system: You are a helpful assistant.
user:
Analyze the provided spectrum to determine if it is a **Carbon Star (C-type)**.

- **Key Visual Indicators of Carbon Star:**
    - **(Primary):** Strong molecular absorption from **C₂ (diatomic carbon) "Swan Bands."** This is the **defining feature** of a carbon star.
        - **(Key Bandheads):** Sharp absorption edges are visible at approximately $5635$ Å, $5165$ Å (the strongest band), and $4737$ Å.
        - **(Line Profile):** Creates a distinct **"saw-tooth"** pattern. The key morphology is a sharp, steep bandhead on the **red (long-wavelength) side**, which then gradually tapers off (i.e., flux recovers) towards the **blue (short-wavelength) side**. *(This is the direct opposite of the TiO bands seen in M-type stars)*.

    - **(Secondary):** Intense **CN (cyanogen)** molecular absorption bands.
        - **(Key Bandheads):** Located in the blue and violet regions of the spectrum (e.g., near $4215$ Å and $3883$ Å).
        - **(Morphology):** These bands are extremely broad and act as a "blanket," absorbing the vast majority of blue and violet light. This creates a characteristic **"cliff"** or **"steep drop-off"** in the spectrum's flux at short wavelengths.

    - **(Key Confirmation):** Strong **CH absorption band (G-band)**.
        - **(Key Bandhead):** Located around $4300$ Å. The contribution from CH molecules to this band is exceptionally strong.

    - **(Overall Spectrum):**
        - The continuum is severely "chopped up" by these deep molecular bands, especially C₂, rather than appearing as a smooth curve.
        - Due to the heavy CN and C₂ absorption in the blue-green, the vast majority of the star's flux is concentrated in the red part of the spectrum, giving the star its characteristic deep red color.

Think first, call **spectral_visualization_tool** if needed to examine features in detail, then provide your final answer. Your response must adhere to the following strict rules:
1.  **Overall Structure:** Your response must follow the format `<think>...</think> <tool_call>...</tool_call> (if a tool is used) <answer>...</answer>`.
2.  **Tool Usage Constraint:** You may only make **one** tool call per turn.
3.  **Final Answer Format:** In the `<answer>` tag, your conclusion must be inside a `\boxed{}` command (e.g., `\boxed{YES}`), followed by your justification.

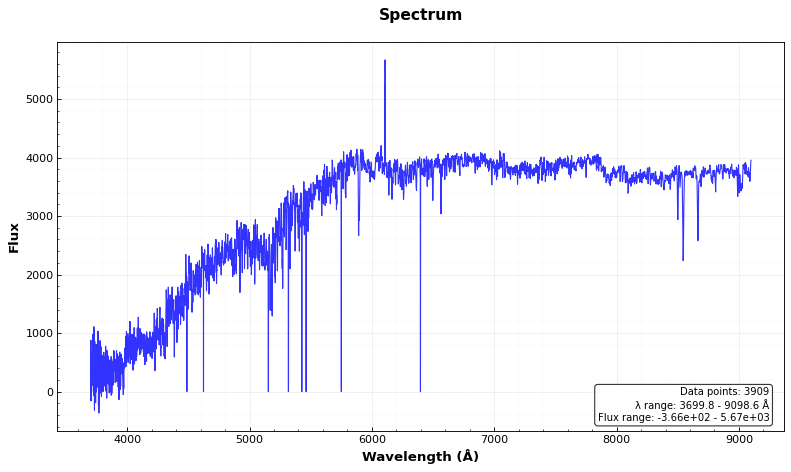
Answer: NO